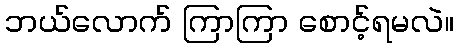
ဘယ်လောက် ကြာကြာ စောင့်ရမလဲ။